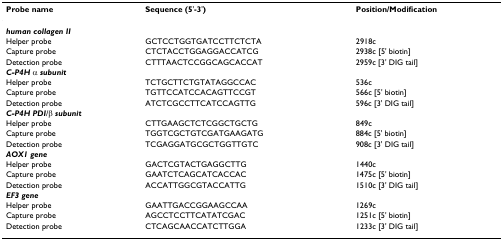
<table><thead><tr><td><b>Probe name</b></td><td><b>Sequence (5&#x27;-3&#x27;)</b></td><td><b>Position/Modification</b></td></tr></thead><tbody><tr><td><b><i>human collagen II</i></b></td><td></td><td></td></tr><tr><td>Helper probe</td><td>GCTCCTGGTGATCCTTCTCTA</td><td>2918c</td></tr><tr><td>Capture probe</td><td>CTCTACCTGGAGGACCATCG</td><td>2938c [5&#x27; biotin]</td></tr><tr><td>Detection probe</td><td>CTTTAACTCCGGCAGCACCAT</td><td>2959c [3&#x27; DIG tail]</td></tr><tr><td><b><i>C-P4H </i></b>α <b><i>subunit</i></b></td><td></td><td></td></tr><tr><td>Helper probe</td><td>TCTGCTTCTGTATAGGCCAC</td><td>536c</td></tr><tr><td>Capture probe</td><td>TGTTCCATCCACAGTTCCGT</td><td>566c [5&#x27; biotin]</td></tr><tr><td>Detection probe</td><td>ATCTCGCCTTCATCCAGTTG</td><td>596c [3&#x27; DIG tail]</td></tr><tr><td><b><i>C-P4H PDI</i></b>/β <b><i>subunit</i></b></td><td></td><td></td></tr><tr><td>Helper probe</td><td>CTTGAAGCTCTCGGCTGCTG</td><td>849c</td></tr><tr><td>Capture probe</td><td>TGGTCGCTGTCGATGAAGATG</td><td>884c [5&#x27; biotin]</td></tr><tr><td>Detection probe</td><td>TCGAGGATGCGCTGGTTGTC</td><td>908c [3&#x27; DIG tail]</td></tr><tr><td><b><i>AOX1 gene</i></b></td><td></td><td></td></tr><tr><td>Helper probe</td><td>GACTCGTACTGAGGCTTG</td><td>1440c</td></tr><tr><td>Capture probe</td><td>GAATCTCAGCATCACCAC</td><td>1475c [5&#x27; biotin]</td></tr><tr><td>Detection probe</td><td>ACCATTGGCGTACCATTG</td><td>1510c [3&#x27; DIG tail]</td></tr><tr><td><b><i>EF3 gene</i></b></td><td></td><td></td></tr><tr><td>Helper probe</td><td>GAATTGACCGGAAGCCAA</td><td>1269c</td></tr><tr><td>Capture probe</td><td>AGCCTCCTTCATATCGAC</td><td>1251c [5&#x27; biotin]</td></tr><tr><td>Detection probe</td><td>CTCAGCAACCATCTTGGA</td><td>1233c [3&#x27; DIG tail]</td></tr></tbody></table>